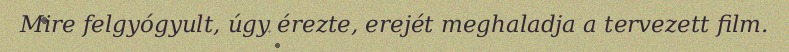
Mire felgyógyult, úgy érezte, erejét meghaladja a tervezett film.